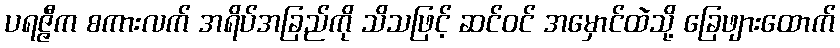
ပရဇ္ဇီက စကားလက် အရိပ်အခြည်ကို သိသဖြင့် ဆင်ဝင် အမှောင်ထဲသို့ ခြေဖျားထောက်